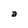
Character: a